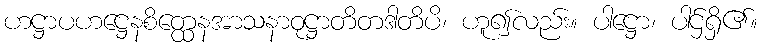
ဟဋ္ဌာပဟဋ္ဌေနစိတ္ထေနအာသနာဝုဋ္ဌာတိတဒါတိပိ၊ ဟူ၍လည်း။ ပါဋ္ဌော၊ ပါဌ်ရှိ၏။